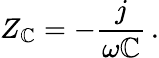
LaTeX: Z_{\mathbb{C}}=-{\frac{{j}}{{\omega\mathbb{C}}}}\, .